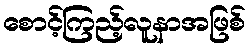
စောင့်ကြည့်လူနာအဖြစ်